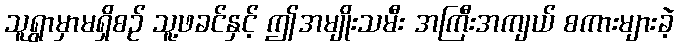
သူရွာမှာမရှိစဉ် သူ့ဖခင်နှင့် ဤအမျိုးသမီး အကြီးအကျယ် စကားများခဲ့